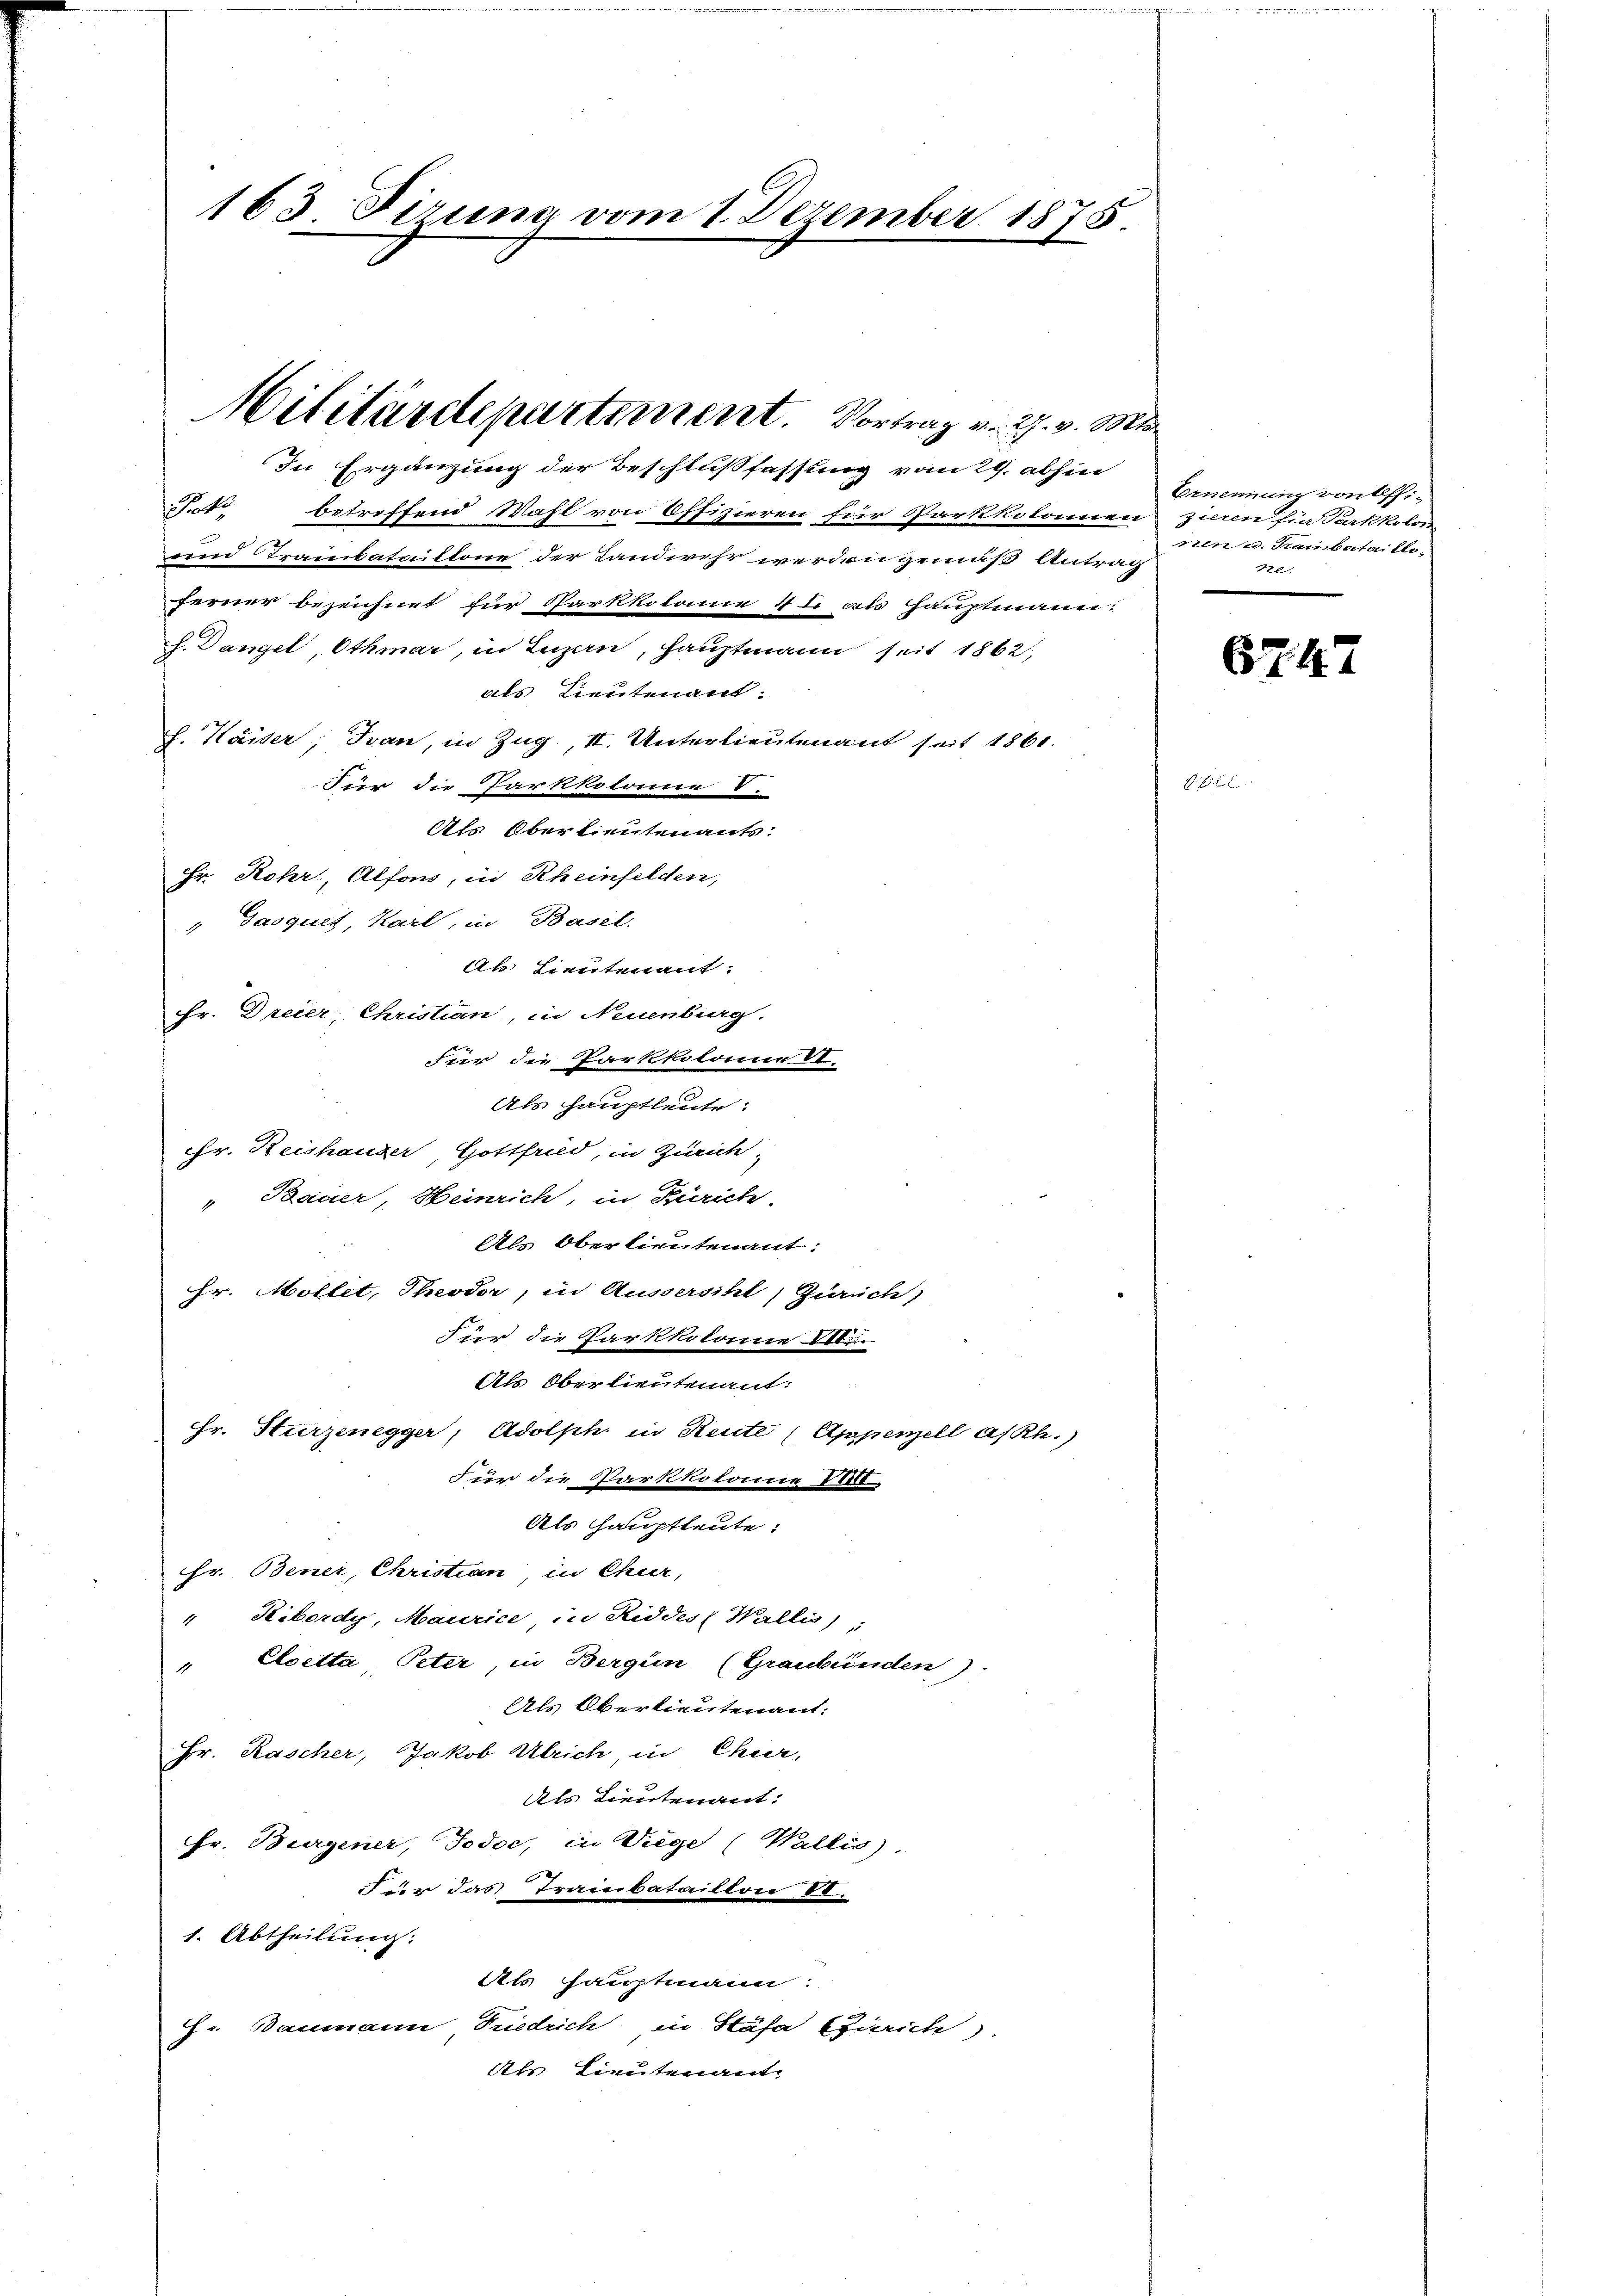
163 Firung vom 1. Dezember 1875.

In Ergänzung der Beschlußfassung vom 29. abhin
1t. betreffend Wahl von Offizieren für Parkkolonen
ire Trambataillone der Landwehr werden gemäß Antrag
ferner bezeichnet für Parkkolome 4 l. als Hauptmann.
h. Dangel Othmar, in Luzern, Hauptmann seit 1862
als Lieutenant.
J. Kaiser, Ivan, in Zug, II. Unterlieutenant seit 1861.
Für die Parkkolonne V.
Als Oberlieutenants.
Hr. Rohr, Alfons, in Rheinfelden,
" Gasquit Karl, in Basel.
Ak. Lieutenant:
Fr. Dreier, Christian, in Neuenburg.
für die Parkkolonne II.
Als Hauptleute:
Hr. Reishauser, Gottfried, in Zürich,
" Bauer, Heinrich, in Zürich
Als Oberlieutenant:
Hr. Möllet, Theodor, in Aussersihl, Zürich,
Für die Parkkolonie bin
Als Oberlieutenant:
Fr. Sturzenegger, Adolph in Reute (Appenzell a/Rh.)
Für die Darkkolonia VIII.
Als Hauptleute:
Hr. Bener, Christian in Chur,
"Kibordy, Maurice, in Riddes Wallis)
" Eloetta, Peter, in Bergün (Graubünden).
Als Oberlieutenant:
Hr. Kascher, Jakob Ulrich in Chur-
Als Lieutenant:
Fr. Burgener, Jodoc, in Viege (Wallis).
Für das Trainbataillon II.
1. Abtheilung:
Als Hauptmann:
Hr. Baumann Friedrich in Stäfa (Zürich
Als Lieutenant.

Militärdepartement. Vortrag v. 27. v. Mts.

Ernennung von effizieren für Parkkolos
nen u. Raubataillo-
Ne

67. 47